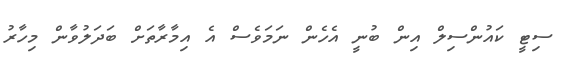
ސިޓީ ކައުންސިލް އިން ބުނީ އެހެން ނަމަވެސް އެ އިމާރާތަށް ބަދަލުވާން މިހާރު